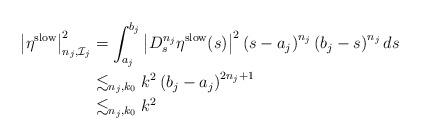
LaTeX: \begin{align*}\left| \eta^{\rm slow} \right|_{n_j,\mathcal{I}_j}^2& = \int_{a_j}^{b_j} \left| D^{n_j}_s \eta^{\rm slow}(s) \right|^2 \left( s -a_j \right)^{n_j} \left( b_j-s \right)^{n_j} ds\\& \lesssim_{n_j,k_0} k^2 \left( b_j -a_j \right)^{2n_j+1}\\& \lesssim_{n_j,k_0} k^2\end{align*}